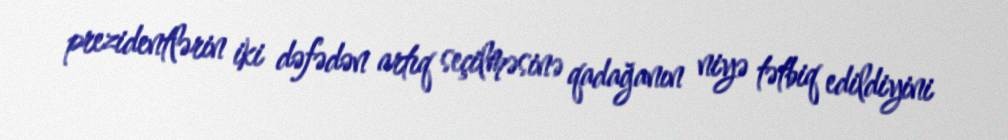
prezidentlərin iki dəfədən artıq seçilməsinə qadağanın niyə tətbiq edildiyini